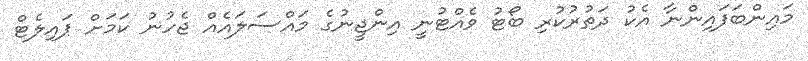
މައިންބަފައިންނާ އެކު ދަތުރުކުރި ބޯޓު ވެއްޓުނީ އިންޖީނުގެ މައްސަލައެއް ޖެހުނު ކަމަށް ޕައިލެޓް